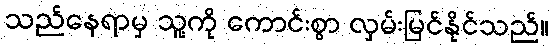
သည်နေရာမှ သူ့ကို ကောင်းစွာ လှမ်းမြင်နိုင်သည်။